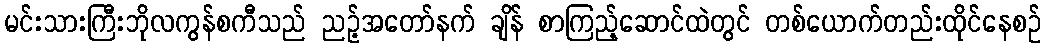
မင်းသားကြီးဘိုလကွန်စကီသည် ညဉ့်အတော်နက် ချိန် စာကြည့်ဆောင်ထဲတွင် တစ်ယောက်တည်းထိုင်နေစဉ်